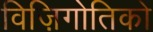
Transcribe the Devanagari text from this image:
विज़िगोतिको